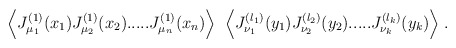
\begin{align*}\Big\langle J^{(1)}_{\mu_1}(x_1) J^{(1)}_{\mu_2}(x_2) .....J^{(1)}_{\mu_n}(x_n) \Big\rangle \;\;\Big\langle J^{(l_1)}_{\nu_1}(y_1)J^{(l_2)}_{\nu_2}(y_2) ..... J^{(l_k)}_{\nu_k}(y_k) \Big\rangle \; .\end{align*}